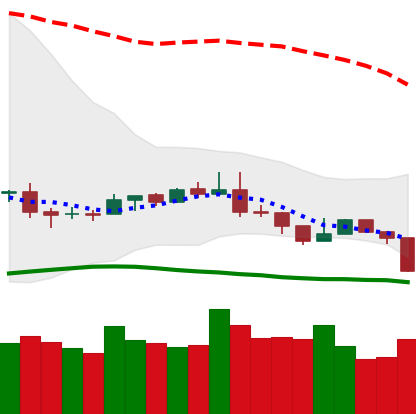
Ticker: NEO-USD
Chart end date: 2019-08-14
Forward return: 8.369%
Label: up_7plus